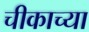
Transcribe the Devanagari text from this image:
चीकाच्या